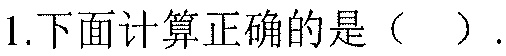
1.下面计算正确的是（  ）.